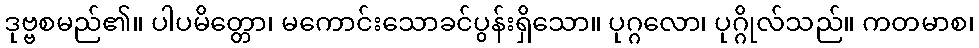
ဒုဗ္ဗစမည်၏။ ပါပမိတ္တော၊ မကောင်းသောခင်ပွန်းရှိသော။ ပုဂ္ဂလော၊ ပုဂ္ဂိုလ်သည်။ ကတမာစ၊